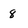
Character: 8